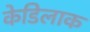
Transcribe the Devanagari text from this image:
केडिलाक